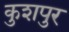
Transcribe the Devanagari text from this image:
कुशपुर